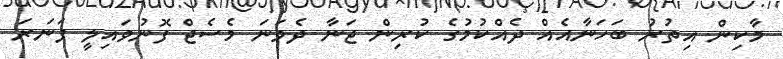
މާކިން އިތުރު ބަހަނާއެއް ދެއްކުމުގެ ކުރިން ޖަނާ ދެވަނަ މެސެޖް ފޮނުވައިލީ ފަނަރަ